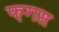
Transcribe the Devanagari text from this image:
फ़गस